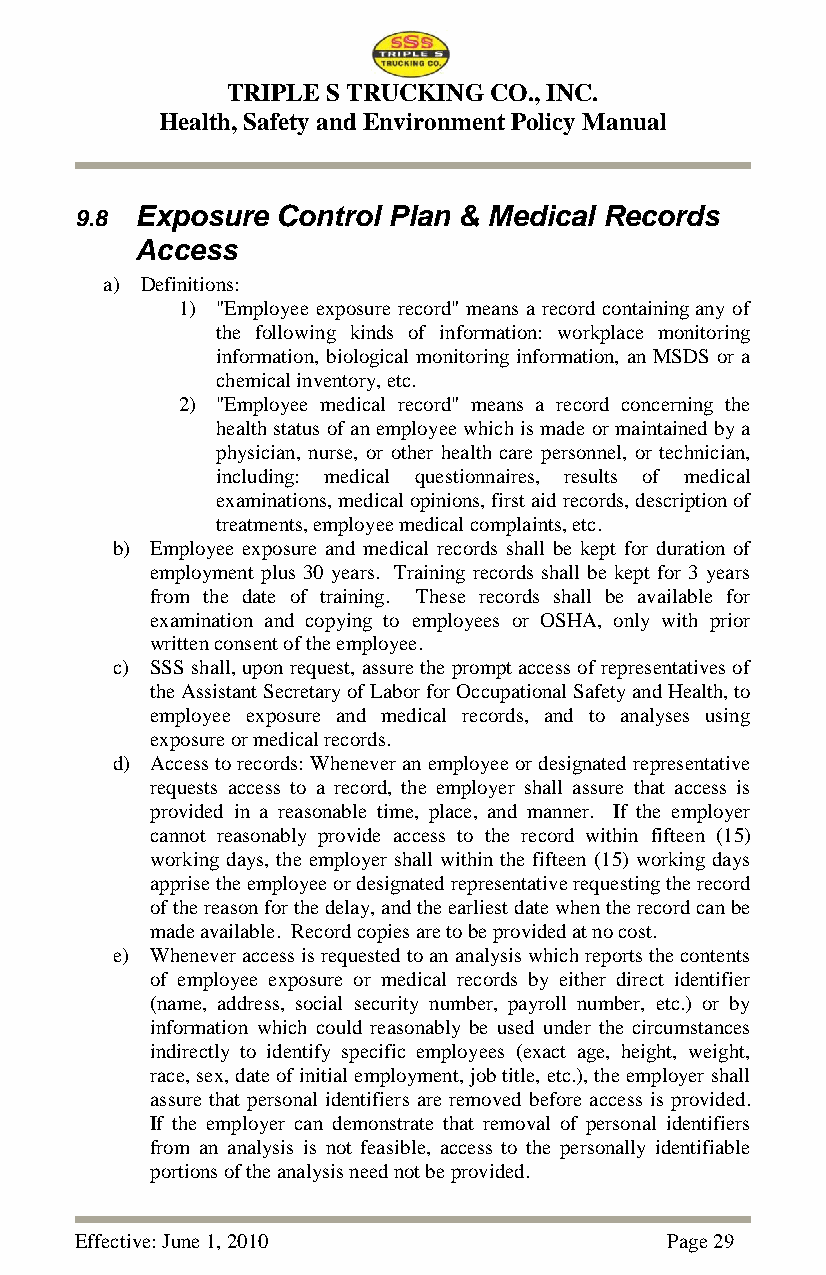
TRIPLE S TRUCKING CO., INC.
 Health, Safety and Environment Policy Manual
 9.8 Exposure Control Plan & Medical Records
 Access
 a) Definitions:
 1) "Employee exposure record" means a record containing any of
 the following kinds of information: workplace monitoring
 information, biological monitoring information, an MSDS or a
 chemical inventory, etc.
 2) "Employee medical record" means a record concerning the
 health status of an employee which is made or maintained by a
 physician, nurse, or other health care personnel, or technician,
 including: medical questionnaires, results of medical
 examinations, medical opinions, first aid records, description of
 treatments, employee medical complaints, etc.
 b) Employee exposure and medical records shall be kept for duration of
 employment plus 30 years. Training records shall be kept for 3 years
 from the date of training. These records shall be available for
 examination and copying to employees or OSHA, only with prior
 written consent of the employee.
 c) SSS shall, upon request, assure the prompt access of representatives of
 the Assistant Secretary of Labor for Occupational Safety and Health, to
 employee exposure and medical records, and to analyses using
 exposure or medical records.
 d) Access to records: Whenever an employee or designated representative
 requests access to a record, the employer shall assure that access is
 provided in a reasonable time, place, and manner. If the employer
 cannot reasonably provide access to the record within fifteen (15)
 working days, the employer shall within the fifteen (15) working days
 apprise the employee or designated representative requesting the record
 of the reason for the delay, and the earliest date when the record can be
 made available. Record copies are to be provided at no cost.
 e) Whenever access is requested to an analysis which reports the contents
 of employee exposure or medical records by either direct identifier
 (name, address, social security number, payroll number, etc.) or by
 information which could reasonably be used under the circumstances
 indirectly to identify specific employees (exact age, height, weight,
 race, sex, date of initial employment, job title, etc.), the employer shall
 assure that personal identifiers are removed before access is provided.
 If the employer can demonstrate that removal of personal identifiers
 from an analysis is not feasible, access to the personally identifiable
 portions of the analysis need not be provided.
 Effective: June 1, 2010                Page 29